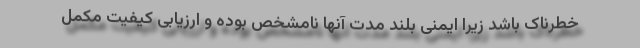
خطرناک باشد زیرا ایمنی بلند مدت آنها نامشخص بوده و ارزیابی کیفیت مکمل